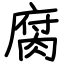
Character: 腐